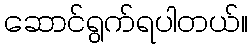
ဆောင်ရွက်ရပါတယ်။